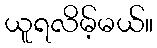
ယူရလိမ့်မယ်။